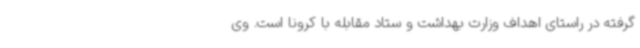
گرفته در راستای اهداف وزارت بهداشت و ستاد مقابله با کرونا است. وی